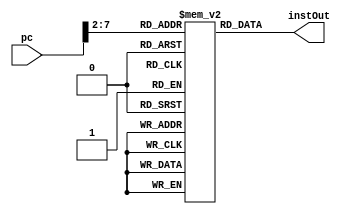
`timescale 1ns / 1ps
module IM(
    input[31:0] pc,
    output reg[31:0] instOut
    );
    reg [31:0] memory [0:63];
    initial begin
//		memory[25] = { //lw I-type
//		      6'b100011,  //lw op
//		      5'b00010,   //rs -> $v0 -> 2
//		      5'b00001,   //rt -> $at -> 1
//		      16'b0000000000000000    //offset = 0
//		};
        memory[25] = 32'h8C220000;
        memory[26] = 32'h8C230004;
        memory[27] = 32'h8C240008;
        memory[28] = 32'h8C25000C;
//		memory[26] = { //lw I-type
//		      6'b100011,  //lw op
//		      5'b00011,   //rs -> $v1 -> 3
//		      5'b00001,   //rt -> $at -> 1
//		      16'b0000000000000100    //offset = 4
//		};
	end
    always@(*)begin
        instOut = memory[pc[7:2]];
    end
endmodule